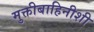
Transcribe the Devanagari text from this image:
मुक्तीबाहिनीशी